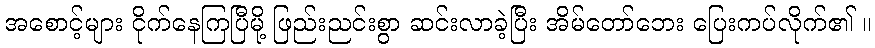
အစောင့်များ ငိုက်နေကြပြီမို့ ဖြည်းညင်းစွာ ဆင်းလာခဲ့ပြီး အိမ်တော်ဘေး ပြေးကပ်လိုက်၏ ။